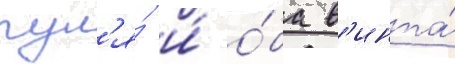
рул'я́ и́ о́ба в'инта́